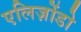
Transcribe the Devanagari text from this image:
एलिज़ोंडो